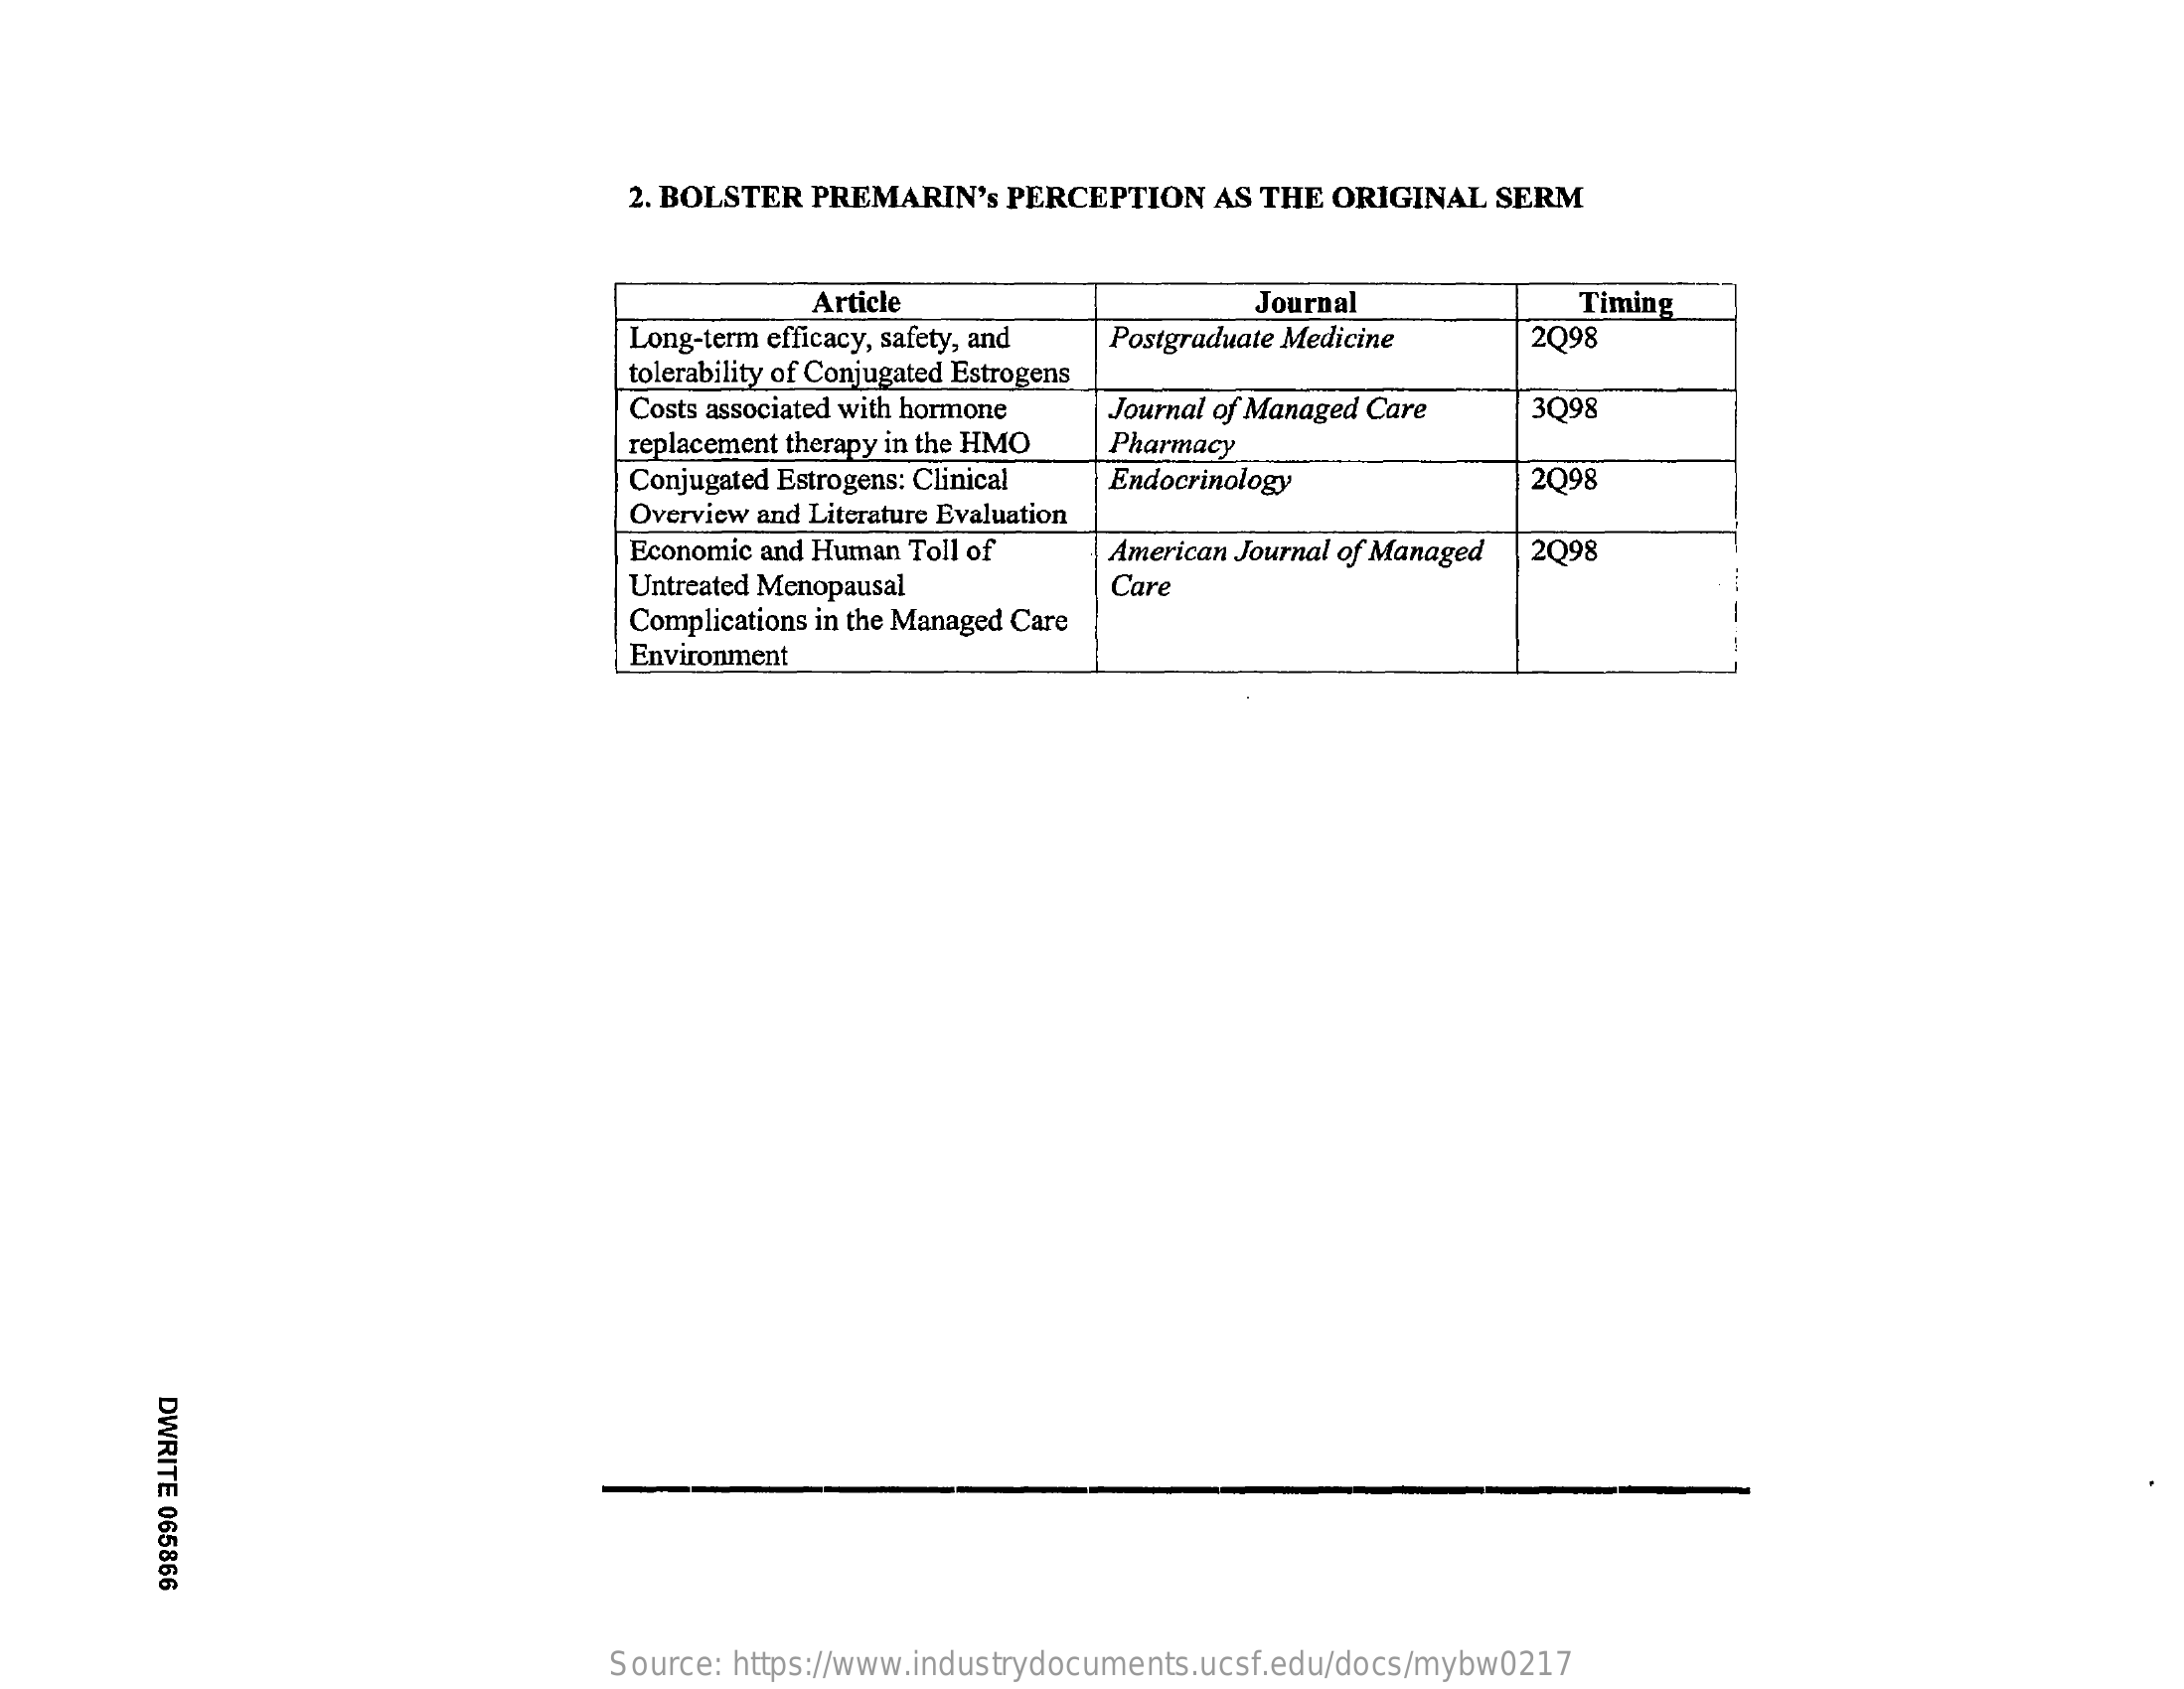
2. BOLSTER PREMARIN's  PERCEPTION   AS THE ORIGINAL  SERM
     Article    Journal    Timing
     Long-term efficacy, safety, and
     tolerability of Conjugated Estrogens
     Postgraduate Medicine    2Q98
     Costs associated with hormone Journal of Managed Care  3098
     replacement therapy in the HMO Pharmacy
     Conjugated Estrogens: Clinical Endocrinology    2098
     Overview and Literature Evaluation
     Economic and Human Toll of
     Untreated Menopausal
     American Journal of Managed 2Q98
     Care
     Complications in the Managed Care
     Environment
     DWRITE
     065866
     Source: https://www.industrydocuments.ucsf.edu/docs/mybw0217